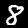
Digit: 8